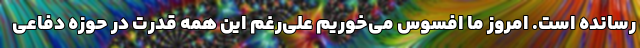
رسانده است. امروز ما افسوس می‌خوریم علی‌رغم این همه قدرت در حوزه دفاعی